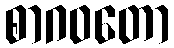
စာဂဝတော